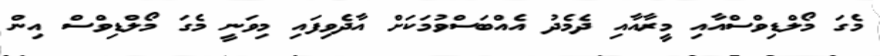
މެގަ މޯލްޑިވްސްއާއި މީރާއާއި ދެމެދު އެއްބަސްވުމަކަށް އާދެވިފައި މިވަނީ މެގަ މޯލްޑިވްސް އިން